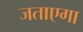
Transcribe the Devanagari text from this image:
जताएगा